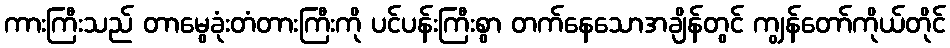
ကားကြီးသည် တာမွေခုံးတံတားကြီးကို ပင်ပန်းကြီးစွာ တက်နေသောအချိန်တွင် ကျွန်တော်ကိုယ်တိုင်